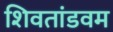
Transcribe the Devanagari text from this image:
शिवतांडवम